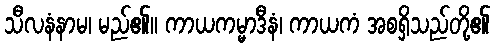
သီလနံနာမ၊ မည်၏။ ကာယကမ္မာဒီနံ၊ ကာယကံ အစရှိသည်တို့၏